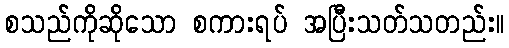
စသည်ကိုဆိုသော စကားရပ် အပြီးသတ်သတည်း။